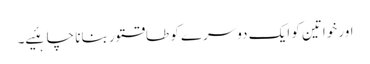
اور خواتین کو ایک دوسرے کو طاقتور بنانا چاہئیے۔